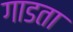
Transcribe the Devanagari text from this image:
गाडता